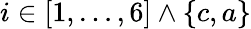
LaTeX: i\in[1,\dots,6]\wedge\{ c,a\}